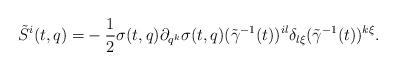
LaTeX: \begin{align*}\tilde S^i(t,q)=&-\frac{1}{2}\sigma(t,q)\partial_{q^k}\sigma(t,q) (\tilde\gamma^{-1}(t))^{il}\delta_{l\xi}(\tilde\gamma^{-1}(t))^{k\xi}.\end{align*}